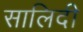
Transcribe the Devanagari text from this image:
सालिदी